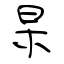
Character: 杲